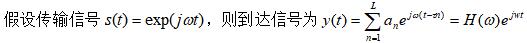
假设传输信号 $s(t)=\exp(j\omega t)$，则到达信号为 $y(t)=\sum_{n = -L}^{L} a_n e^{j\omega(t - nT)} = H(\omega) e^{j\omega t}$